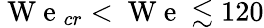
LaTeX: \mathrm{~W~e~}_{cr}<\mathrm{~W~e~}\lesssim 120